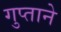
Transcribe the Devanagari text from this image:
गुप्ताने